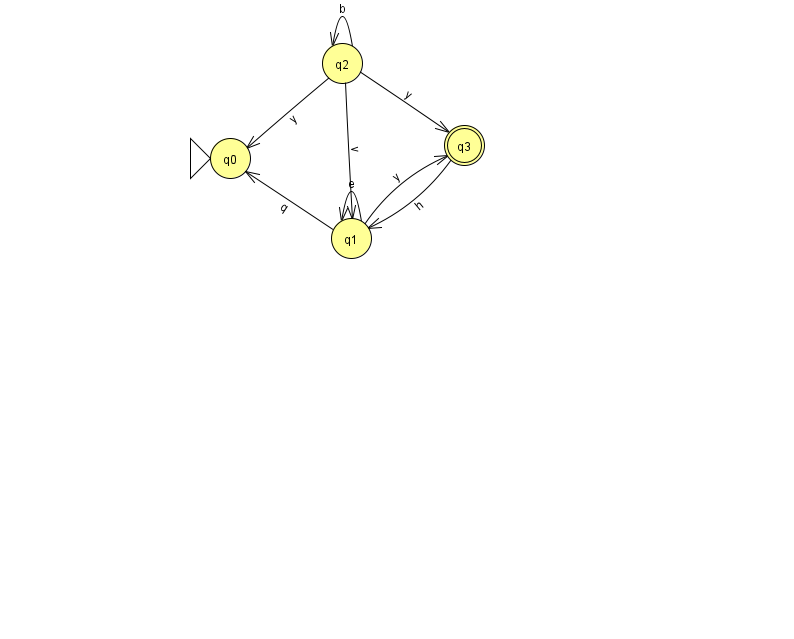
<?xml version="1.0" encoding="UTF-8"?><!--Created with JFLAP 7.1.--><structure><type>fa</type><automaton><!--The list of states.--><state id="0" name="q0"><x>230.0</x><y>145.0</y><initial/></state><state id="1" name="q1"><x>351.0</x><y>225.0</y></state><state id="2" name="q2"><x>342.0</x><y>50.0</y></state><state id="3" name="q3"><x>464.0</x><y>132.0</y><final/></state><!--The list of transitions.--><transition><from>2</from><to>2</to><read>b</read></transition><transition><from>1</from><to>0</to><read>q</read></transition><transition><from>2</from><to>3</to><read>y</read></transition><transition><from>1</from><to>1</to><read>e</read></transition><transition><from>2</from><to>0</to><read>y</read></transition><transition><from>3</from><to>1</to><read>h</read></transition><transition><from>1</from><to>3</to><read>y</read></transition><transition><from>2</from><to>1</to><read>v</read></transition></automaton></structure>